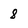
Character: 8